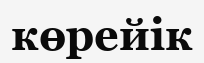
көрейік